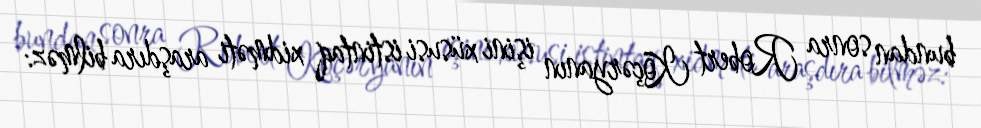
bundan sonra Robert Köçəryanın işini xüsusi istintaq xidməti araşdıra bilməz: